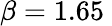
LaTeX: \beta=1.65\